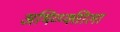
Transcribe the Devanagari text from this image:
अभिव्य्क्तीला